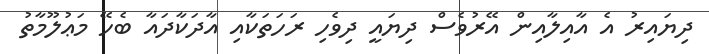
ދިޔައިރު އެ އާއިލާއިން އޭރުވެސް ދިޔައީ ދިވެހި ރަހަތަކާއި އާދަކާދައާ ބެހޭ މަޢުލޫމާތު